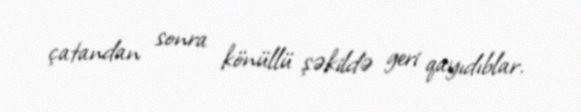
çatandan sonra könüllü şəkildə geri qayıdıblar.